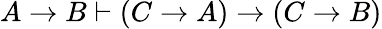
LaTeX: A\to B\vdash(C\to A)\to(C\to B)